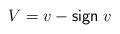
LaTeX: \begin{align*}V=v-{\sf sign}\;v\end{align*}